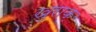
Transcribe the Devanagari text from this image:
खुराक़